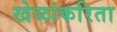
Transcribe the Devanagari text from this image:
खेळांकरिता